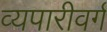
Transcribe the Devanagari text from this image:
व्यपारीवर्ग